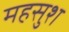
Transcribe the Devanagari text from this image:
महसुश